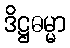
ဒိဋ္ဌဓမ္မာ